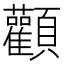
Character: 顴